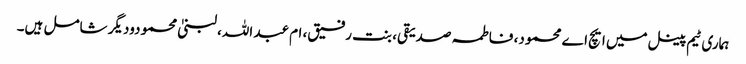
ہماری ٹیم پینل میں ایچ اے محمود، فاطمہ صدیقی، بنت رفیق، ام عبد اللہ، لبنیٰ محمودودیگر شامل ہیں۔